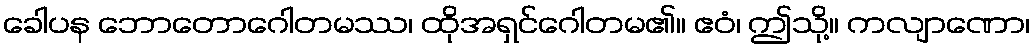
ခေါပန ဘောတောဂေါတမဿ၊ ထိုအရှင်ဂေါတမ၏။ ဧဝံ၊ ဤသို့။ ကလျာဏော၊